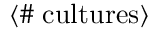
\langle \# \; \mathrm { c u l t u r e s } \rangle